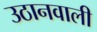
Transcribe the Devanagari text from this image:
उठानवाली